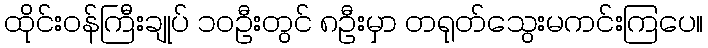
ထိုင်းဝန်ကြီးချုပ် ၁၀ဦးတွင် ၈ဦးမှာ တရုတ်သွေးမကင်းကြပေ။